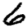
Digit: 6